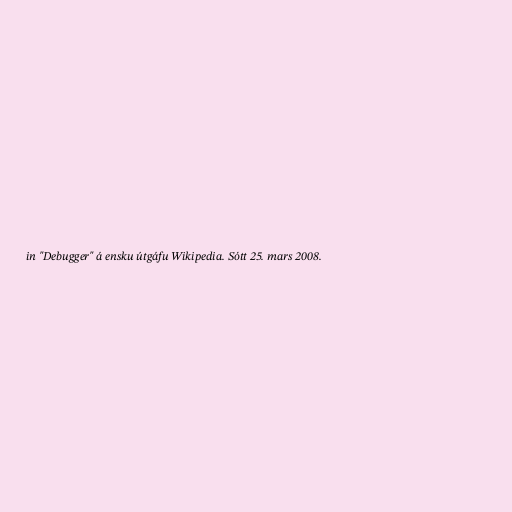
in "Debugger" á ensku útgáfu Wikipedia. Sótt 25. mars 2008.